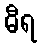
ဓီရ